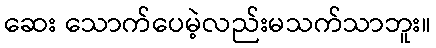
ဆေး သောက်ပေမဲ့လည်းမသက်သာဘူး။